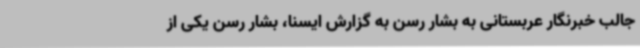
جالب خبرنگار عربستانی به بشار رسن به گزارش ایسنا، بشار رسن یکی از